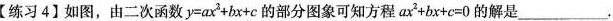
【练习4】如图，由二次函数$$y=ax^{2}+bx+c$$的部分图象可知方程$$ax^{2}+bx+c=0$$的解是___.